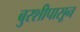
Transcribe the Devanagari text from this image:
बुरशीपासून